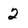
Character: 2